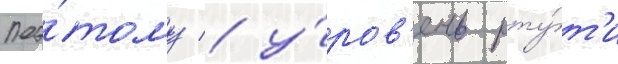
Поэ́тому / у́ров'ень рту́т'и